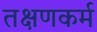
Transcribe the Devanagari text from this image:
तक्षणकर्म